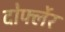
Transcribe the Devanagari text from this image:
दोर्फ्लेर